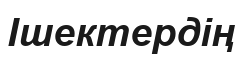
Ішектердің